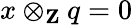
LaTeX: x\otimes_{\mathbf{Z}}q=0